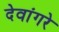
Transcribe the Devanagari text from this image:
देवांगरे